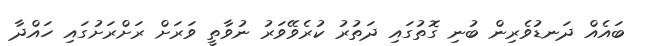
ބައެއް ދަނޑުވެރިން ބުނި ގޮތުގައި ދަތުރު ކުރެވޭވަރު ނުވާތީ ވަރަށް ރަށްރަށުގައި ހައްދާ